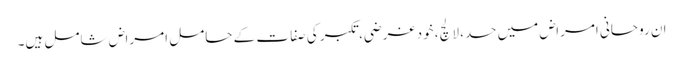
ان روحانی امراض میں حسد، لالچ، خود غرضی، تکبر کی صفا ت کے حامل امراض شامل ہیں۔